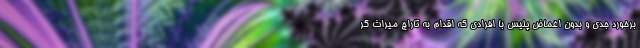
برخورد جدی و بدون اغماض پلیس با افرادی که اقدام به تاراج میراث گر